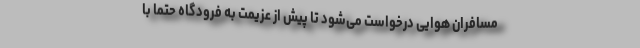
مسافران هوایی درخواست می‌شود تا پیش از عزیمت به فرودگاه حتماً با